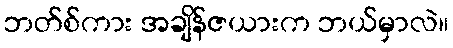
ဘတ်စ်ကား အချိန်ဇယားက ဘယ်မှာလဲ။